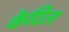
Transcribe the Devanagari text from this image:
केटिल